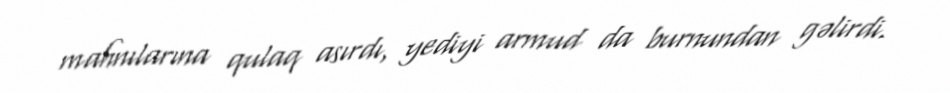
mahnılarına qulaq asırdı, yediyi armud da burnundan gəlirdi.